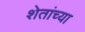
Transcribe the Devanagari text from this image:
शेतांच्या